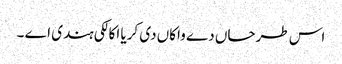
اس طرحاں دے واکاں دی کریا اکالکی ہندی اے ۔